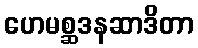
ဟေမစ္ဆဒနဆာဒိတာ